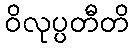
ဝိလုပ္ပတီတိ